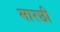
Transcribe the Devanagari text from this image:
मारछी